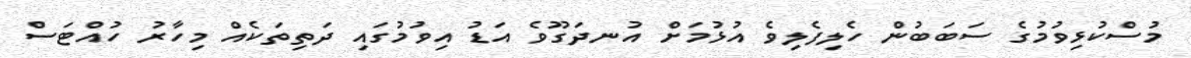
މުސްކުޅިވުމުގެ ސަބަބުން ހެލިފެލިވެ އުޅުމަށް އުނދަގޫވެ އަޑު އިވުމުގައި ދަތިތަކެއް މިހާރު ހުއްޓަސް